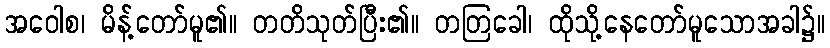
အဝေါစ၊ မိန့်တော်မူ၏။ တတိသုတ်ပြီး၏။ တတြခေါ၊ ထိုသို့နေတော်မူသောအခါ၌။